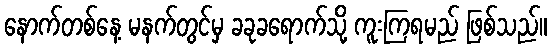
နောက်တစ်နေ့ မနက်တွင်မှ ခခုခရောက်သို့ ကူးကြရမည် ဖြစ်သည်။